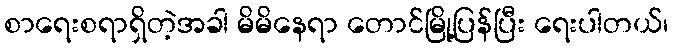
စာရေးစရာရှိတဲ့အခါ မိမိနေရာ တောင်မြို့ပြန်ပြီး ရေးပါတယ်၊